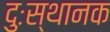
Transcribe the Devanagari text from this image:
दुःस्थानक